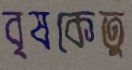
বৃষকেতু